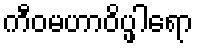
ကီဝမဟာဝိပ္ဖါရော